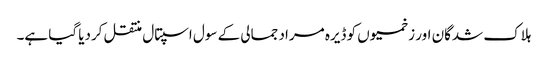
ہلاک شدگان اور زخمیوں کو ڈیرہ مراد جمالی کے سول اسپتال منتقل کردیا گیا ہے۔